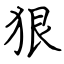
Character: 狠